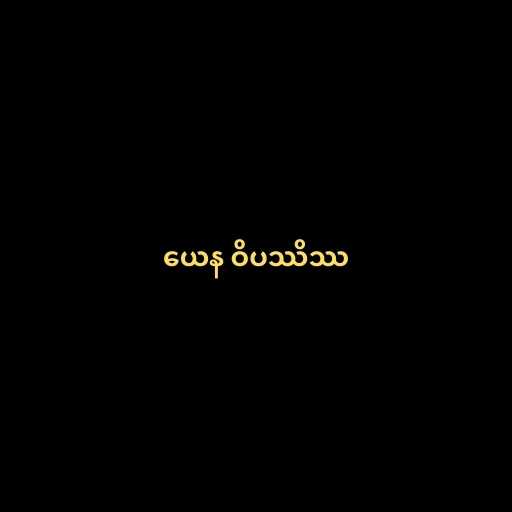
ယေန ဝိပဿိဿ